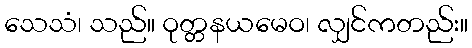
သေသံ၊ သည်။ ဝုတ္တနယမေဝ၊ လျှင်ကတည်း။